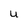
Character: U